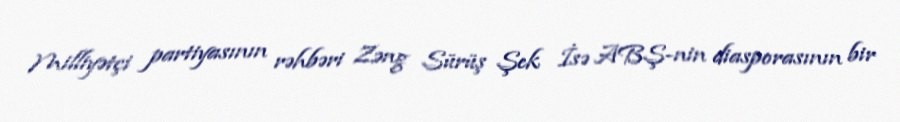
Milliyətçi partiyasının rəhbəri Zəng Sürüş Şek İsə ABŞ-nin diasporasının bir